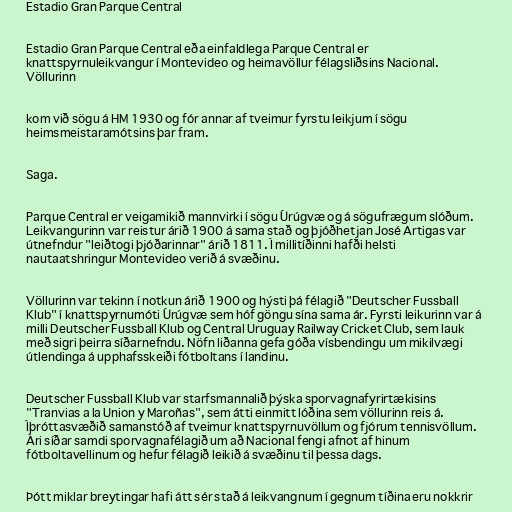
Estadio Gran Parque Central

Estadio Gran Parque Central eða einfaldlega Parque Central er
knattspyrnuleikvangur í Montevideo og heimavöllur félagsliðsins Nacional.
Völlurinn

kom við sögu á HM 1930 og fór annar af tveimur fyrstu leikjum í sögu
heimsmeistaramótsins þar fram.

Saga.

Parque Central er veigamikið mannvirki í sögu Úrúgvæ og á sögufrægum slóðum.
Leikvangurinn var reistur árið 1900 á sama stað og þjóðhetjan José Artigas var
útnefndur "leiðtogi þjóðarinnar" árið 1811. Í millitíðinni hafði helsti
nautaatshringur Montevideo verið á svæðinu.

Völlurinn var tekinn í notkun árið 1900 og hýsti þá félagið "Deutscher Fussball
Klub" í knattspyrnumóti Úrúgvæ sem hóf göngu sína sama ár. Fyrsti leikurinn var á
milli Deutscher Fussball Klub og Central Uruguay Railway Cricket Club, sem lauk
með sigri þeirra síðarnefndu. Nöfn liðanna gefa góða vísbendingu um mikilvægi
útlendinga á upphafsskeiði fótboltans í landinu.

Deutscher Fussball Klub var starfsmannalið þýska sporvagnafyrirtækisins
"Tranvias a la Union y Maroñas", sem átti einmitt lóðina sem völlurinn reis á.
Íþróttasvæðið samanstóð af tveimur knattspyrnuvöllum og fjórum tennisvöllum.
Ári síðar samdi sporvagnafélagið um að Nacional fengi afnot af hinum
fótboltavellinum og hefur félagið leikið á svæðinu til þessa dags.

Þótt miklar breytingar hafi átt sér stað á leikvangnum í gegnum tíðina eru nokkrir